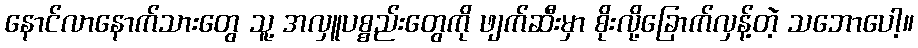
နောင်လာနောက်သားတွေ သူ့ အလှူပစ္စည်းတွေကို ဖျက်ဆီးမှာ စိုးလို့ခြောက်လှန့်တဲ့ သဘောပေါ့။